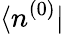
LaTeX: \langle n^{(0)}|